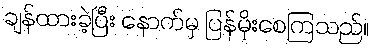
ချန်ထားခဲ့ပြီး နောက်မှ ပြန်မိုးစေကြသည်။